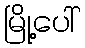
မြို့ပေါ်